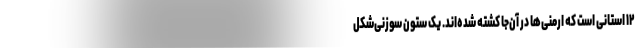
۱۲ استانی است که ارمنی‌ها در آن‌جا کشته شده‌اند. یک ستون سوزنی‌شکل